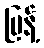
ပြန့်